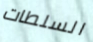
السلطات